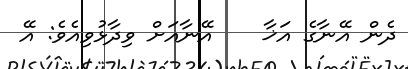
ދެން އޭނާގެ އަޚާ    އޭނާއަށް ވިދާޅުވިއެވެ: އޭ